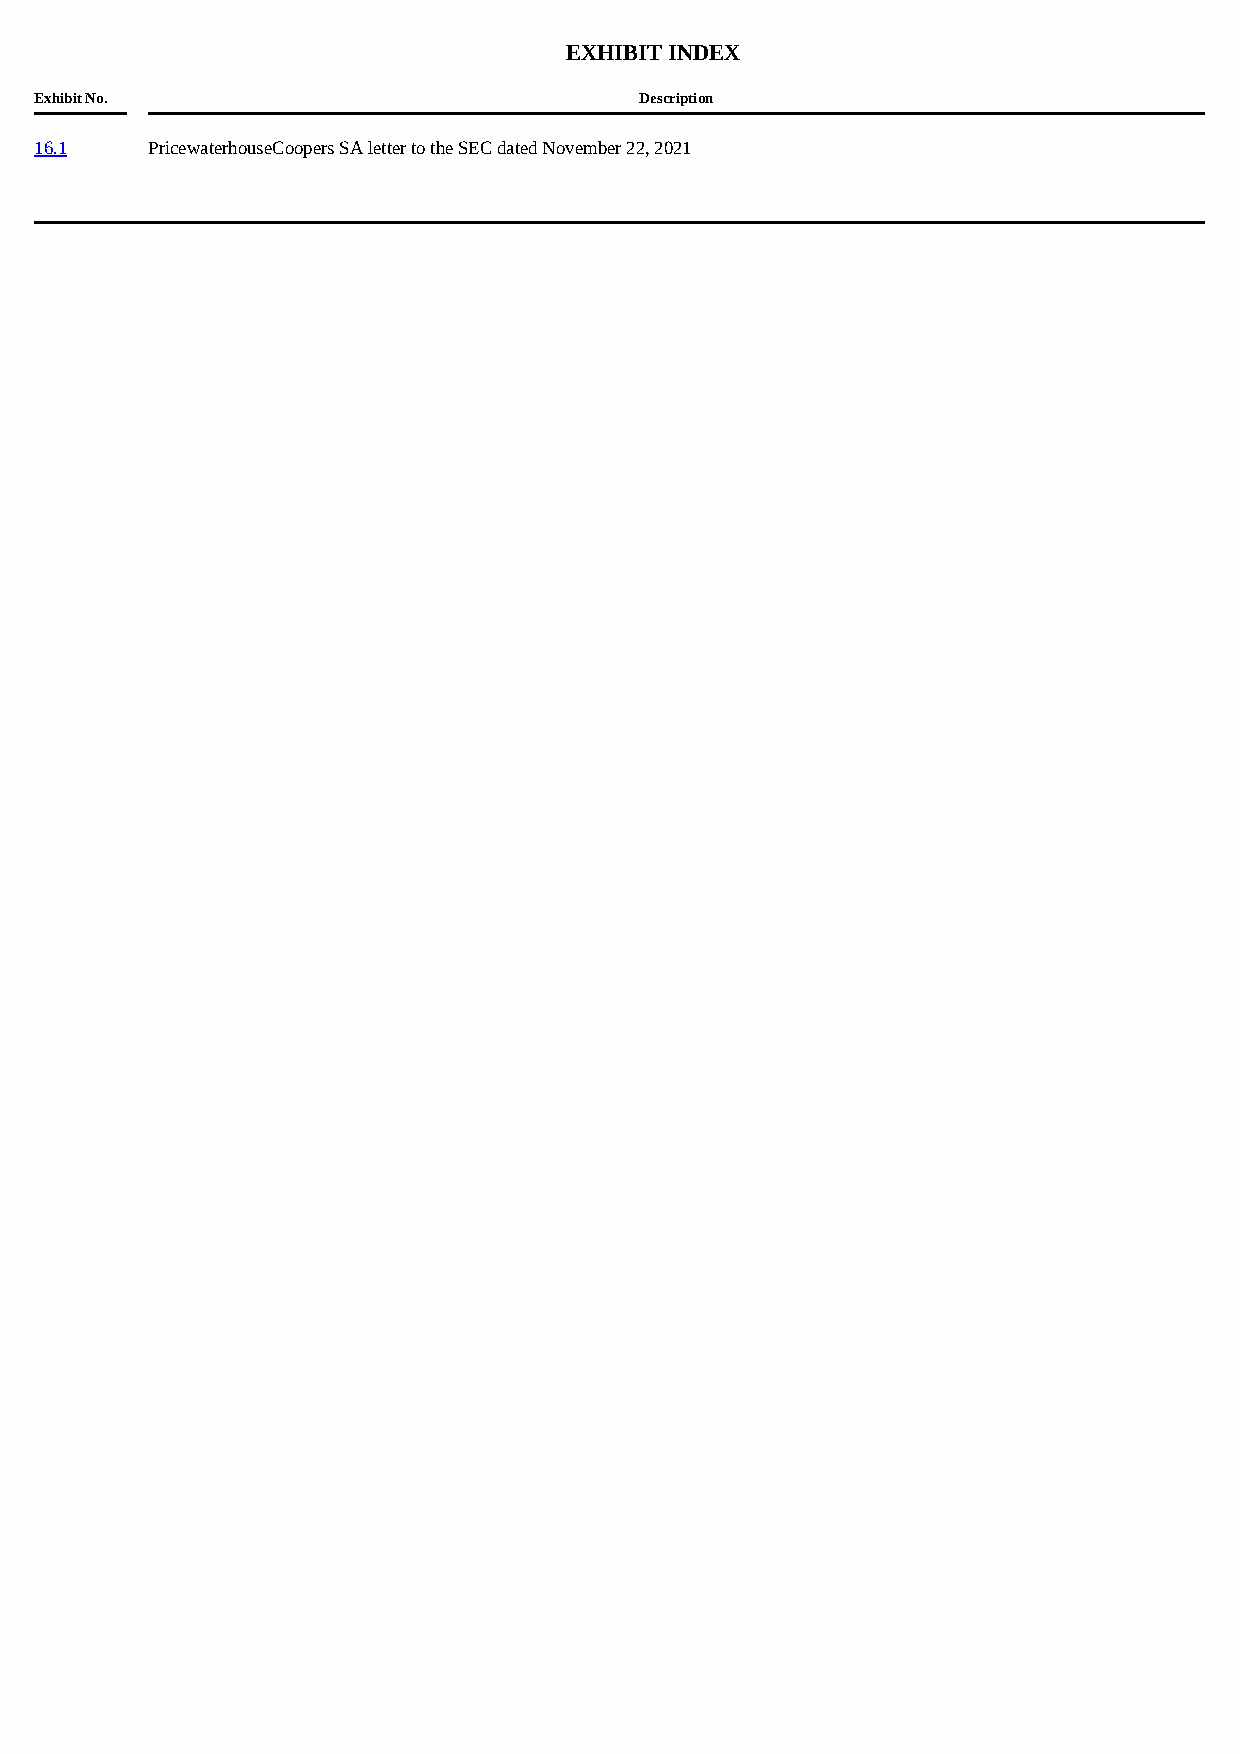
EXHIBIT INDEX
 Exhibit No.                             Description
 16.1    PricewaterhouseCoopers SA letter to the SEC dated November 22, 2021